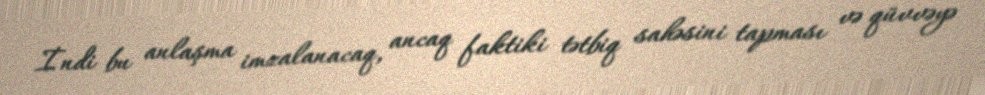
İndi bu anlaşma imzalanacaq, ancaq faktiki tətbiq sahəsini tapması və qüvvəyə